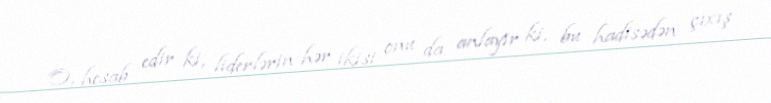
O, hesab edir ki, liderlərin hər ikisi onu da anlayır ki, bu hadisədən çıxış